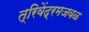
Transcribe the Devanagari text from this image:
त्रिवेंद्रमजवळ